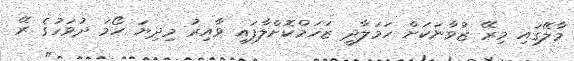
މާލޭގައި މިރޭ ޒުވާނަކަށް ހަމަލާދީ ޒަހަމްކޮށްލާފައި ވާއިރު މިދިޔަ ހޯމަ ދުވަހުގެ ރޭ